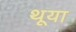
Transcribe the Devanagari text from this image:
थूया